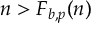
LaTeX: n > F _ { b , p } ( n )